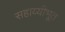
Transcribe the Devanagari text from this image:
सहाय्यीभूत